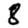
Digit: 8